Annual report of the Punjab Veterinary College and of the Civil Veterinary Department, Punjab - 1894-1908
Year: 1894
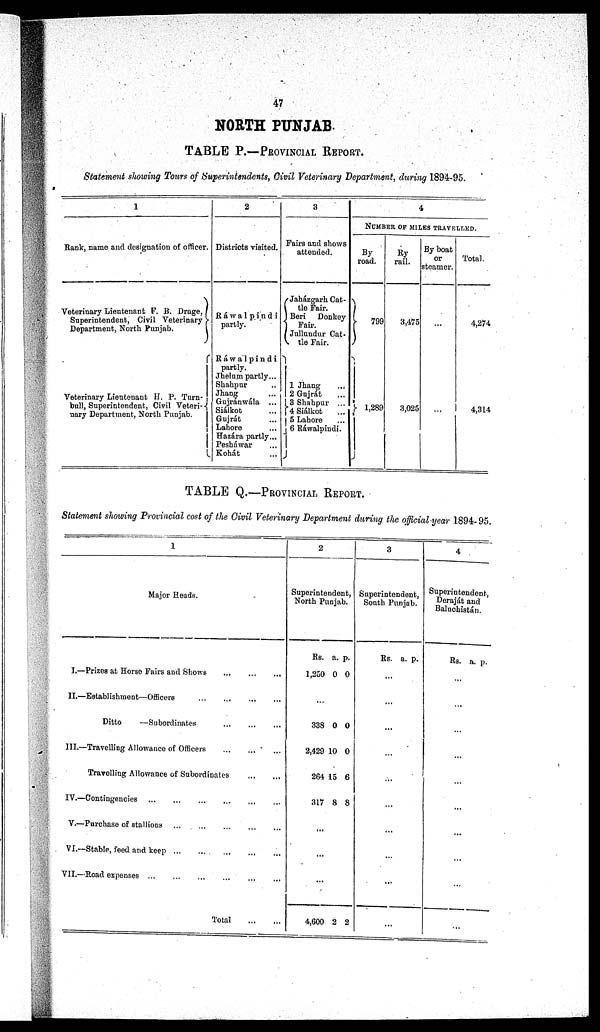
47
NORTH PUNJAB.
TABLE P.—PROVINCIAL REPORT.
Statement showing Tours of Superintendents, Civil Veterinary Department, during 1894-95.
1
Rank, name and designation of officer.
Veterinary Lieutenant F. B. Drage,
Superintendent, Civil Veterinary
Department, North Punjab.
Veterinary Lieutenant H. P. Turn-
bull, Superintendent, Civil Veteri-
nary Department, North Punjab.
2
Districts visited.
Ráwalpindi
partly.
Ráwalpindi
partly.
Jhelum partly...
Shahpur ...
Jhang ...
Gujránwála ...
Siálkot ...
Gujrát ...
Lahore
Hazára partly...
Pesháwar ...
Kohát ...
3
Fairs and shows
attended.
Jaházgarh Cat-
tle Fair.
Beri
Donkey
Fair.
Jullundur Cat-
tle Fair.
1 Jhang ...
2 Gujrát ...
3 Shahpur ...
4 Siálkot ...
5 Lahore ...
6 Rawalpindi.
4
NUMBER OF MILES TRAVELLED.
By
road.
799
1,289
By
rail.
3,475
3,025
By boat
or
steamer.
...
...
Total.
4,274
4,314
TABLE Q.—PROVINCIAL REPORT.
Statement showing Provincial cost of the Civil Veterinary Department during the official year 1894- 95.
1
Major Heads.
I.—Prizes at Horse Fairs and Shows
...
...
...
II.—Establishment—Officers
...
...
...
...
Ditto
—Subordinates
...
...
...
III.—Travelling Allowance of Officers
...
...
...
Travelling Allowance of Subordinates
...
...
IV.—Contingencies
...
...
...
...
...
...
V.—Purchase of stallions ...
...
...
...
...
VI.—Stable, feed and keep
...
...
...
...
...
VII.—Road expenses
...
...
...
...
...
Total
...
...
2
Superintendent,
North Punjab.
Rs.
1,250
a.
0
p.
0
...
338
2,429
264
317
0
10
15
8
0
0
6
8
...
...
...
4,600 2 2
3
Superintendent,
South Punjab.
Rs. a. p.
...
...
...
...
...
...
...
...
...
...
4
Superintendent,
Deraját
and
Baluchistán.
Rs. a. p.
...
...
...
...
...
...
...
...
...
...